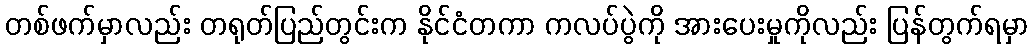
တစ်ဖက်မှာလည်း တရုတ်ပြည်တွင်းက နိုင်ငံတကာ ကလပ်ပွဲကို အားပေးမှုကိုလည်း ပြန်တွက်ရမှာ